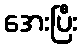
အေးပြီး